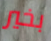
بخير